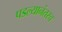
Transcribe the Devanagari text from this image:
पडल्यानंतरच